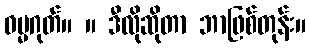
ဓမ္မဂုတ်။ ။ ဒီလိုဆိုတာ ဘာဖြစ်တုန်း။